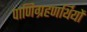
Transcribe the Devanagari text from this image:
पाणिग्रहणर्थियों